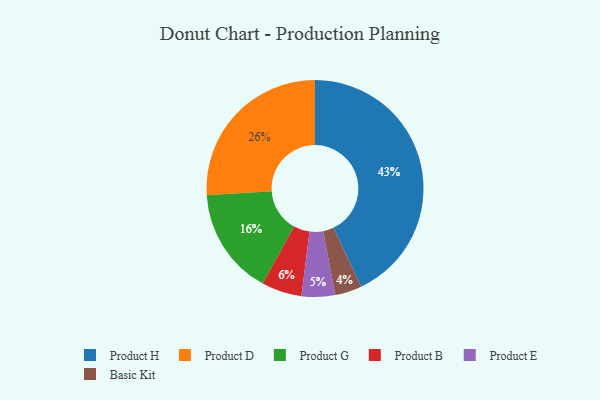
{"axis": {"x": "Category", "y": "Percentage"}, "legend": ["Basic Kit", "Product B", "Product D", "Product E", "Product G", "Product H"], "data": [{"x": "Basic Kit", "y": 4, "type": "Basic Kit"}, {"x": "Product G", "y": 16, "type": "Product G"}, {"x": "Product E", "y": 5, "type": "Product E"}, {"x": "Product H", "y": 43, "type": "Product H"}, {"x": "Product D", "y": 26, "type": "Product D"}, {"x": "Product B", "y": 6, "type": "Product B"}]}